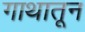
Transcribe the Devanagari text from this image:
गाथातून